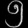
Digit: ၅